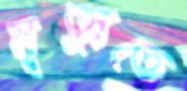
মৃত্যুতে